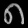
Digit: ၈